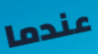
عندما